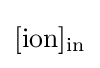
[\mathrm {ion} ]_{\mathrm {in} }